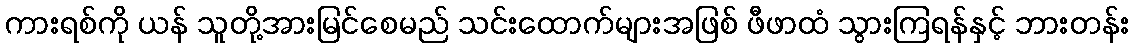
ကားရစ်ကို ယန် သူတို့အားမြင်စေမည် သင်းထောက်များအဖြစ် ဖီဖာထံ သွားကြရန်နှင့် ဘားတန်း